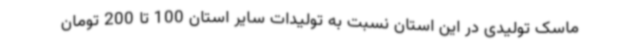
ماسک تولیدی در این استان نسبت به تولیدات سایر استان 100 تا 200 تومان